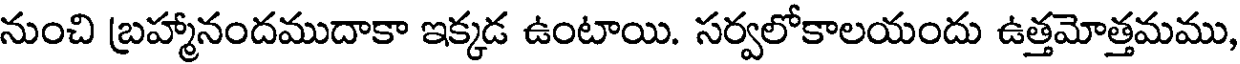
నుంచి బ్రహ్మానందముదాకా ఇక్కడ ఉంటాయి. సర్వలోకాలయందు ఉత్తమోత్తమము,